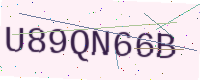
Text: U89QN66B